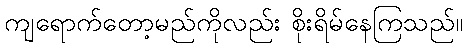
ကျရောက်တော့မည်ကိုလည်း စိုးရိမ်နေကြသည်။